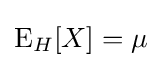
\operatorname {E} _{H}[X]=\mu